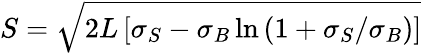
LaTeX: S=\sqrt{2L\left[\sigma_{S}-\sigma_{B}\ln\left(1+\sigma_{S}/\sigma_{B}\right)\right]}